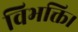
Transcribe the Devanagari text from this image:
विभक्ति।